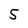
Character: 5